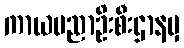
ကာယပညာဦးစီးဌာနမှ